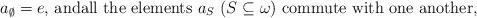
LaTeX: \begin{align*}\begin{minipage}[c]{35pc}$a_\emptyset=e,$ andall the elements $a_S$ $(S\subseteq\omega)$ commute with one another,\end{minipage}\end{align*}